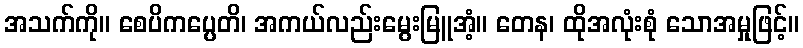
အသက်ကို။ စေပိကပ္ပေတိ၊ အကယ်လည်းမွေးမြူအံ့။ တေန၊ ထိုအလုံးစုံ သောအမှုဖြင့်။